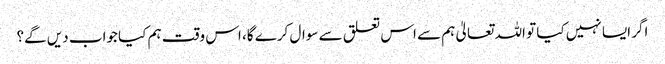
اگر ایسا نہیں کیا تو اللہ تعالیٰ ہم سے اس تعلق سے سوال کرے گا، اس وقت ہم کیا جواب دیں گے؟